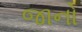
જાનો